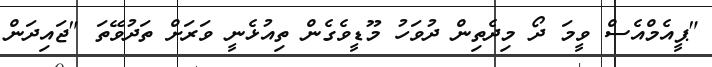
"ޕީއެމްއެސް ވީމަ ދޯ މިދެތިން ދުވަހު މޫޑީވެގެން ތިއުޅެނީ ވަރަށް ތަދުވޭތަ "ޖައިދަން